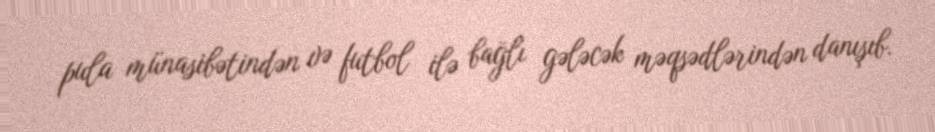
pula münasibətindən və futbol ilə bağlı gələcək məqsədlərindən danışıb.